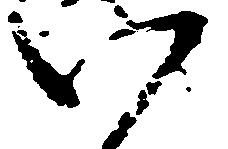
い